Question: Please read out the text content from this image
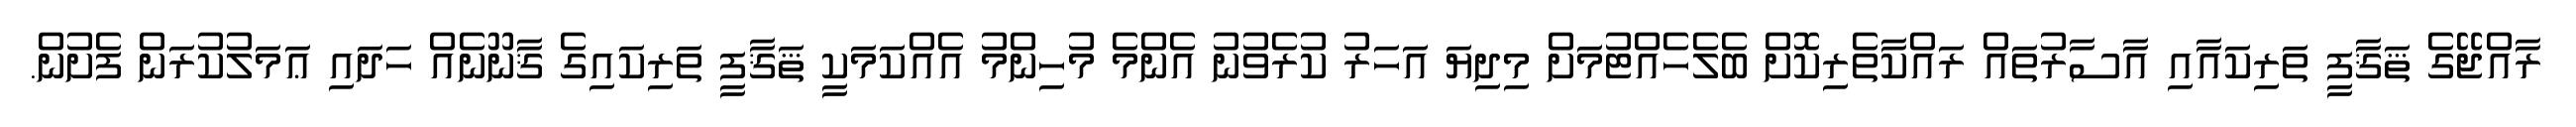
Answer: ރާއްޖޭގެ ޘަޤާފީ ތަރިކައާއި އާސާރުތައް ރައްކާތެރިކޮށް ބެލެހެއްޓުމަށް މިދިޔަ އަހަރު ކުރެވުނު އެންމެ މުހިންމު އެއްކަމަކީ ޘަޤާފީ ތަރިކައިގެ ޤާނޫނެއް ހަދައި ޢަމަލުކުރަން ފެށުން.